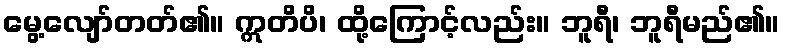
မွေ့လျော်တတ်၏။ ဣတိပိ၊ ထို့ကြောင့်လည်း။ ဘူရီ၊ ဘူရီမည်၏။